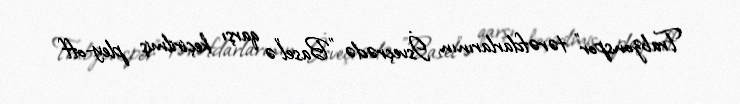
Trabzonspor" tərəfdarlarının İsveçrədə "Basel"ə qarşı keçirilmiş pley-off